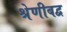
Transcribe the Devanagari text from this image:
श्रेणीबद्व